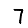
Digit: 7